Punjab Mental Hospital Lahore 1932-46 - 1932-1946
Year: 1932
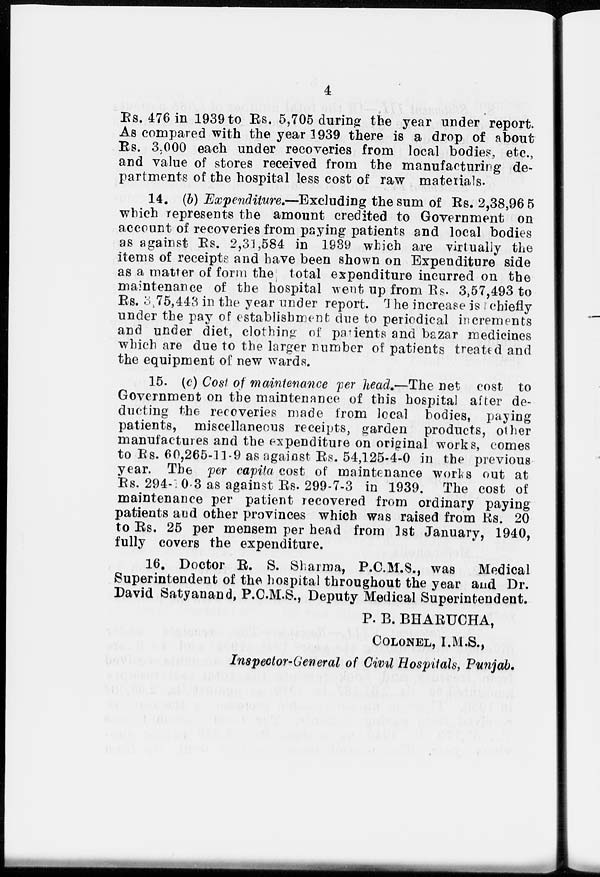
4
Rs. 476 in 1939 to Rs. 5,705 during the year under report.
As compared with the year 1939 there is a drop of about
Rs. 3,000 each under recoveries from local bodies, etc.,
and value of stores received from the manufacturing de-
partments of the hospital less cost of raw materials.
14. (b) Expenditure.—Excluding the sum of Rs. 2,38,965
which represents the amount credited to Government on
account of recoveries from paying patients and local bodies
as against Rs. 2,31,584 in 1939 which are virtually the
items of receipts and have been shown on Expenditure side
as a matter of form the total expenditure incurred on the
maintenance of the hospital went up from Rs. 3,57,493 to
Rs. 3,75,443 in the year under report. The increase is chiefly
under the pay of establishment due to periodical increments
and under diet, clothing of patients and bazar medicines
which are due to the larger number of patients treated and
the equipment of new wards.
15. (c) Cost of maintenance per head.—The net cost to
Government on the maintenance of this hospital after de-
ducting the recoveries made from local bodies, paying
patients, miscellaneous receipts, garden products, other
manufactures and the expenditure on original works, comes
to Rs. 60,265-11-9 as against Rs. 54,125-4-0 in the previous
year. The per capita cost of maintenance works out at
Rs. 294-10-3 as against Rs. 299-7-3 in 1939. The cost of
maintenance per patient recovered from ordinary paying
patients and other provinces which was raised from Rs. 20
to Rs. 25 per mensem per head from 1st January, 1940,
fully covers the expenditure.
16. Doctor R. S. Sharma, P.C.M.S., was
Medical
Superintendent of the hospital throughout the year and Dr.
David Satyanand, P.C.M.S., Deputy Medical Superintendent.
P. B. BHARUCHA,
COLONEL, I.M.S.,
Inspector-General of Civil Hospitals, Punjab.